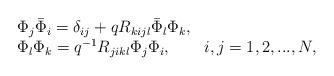
LaTeX: \begin{align*}\begin{array}{l}\Phi_{j}\bar{\Phi}_{i}=\delta_{ij}+qR_{kijl}\bar{\Phi}_{l}\Phi_{k},\\\Phi_{l}\Phi_{k}=q^{-1}R_{jikl}\Phi_{j}\Phi_{i},\qquad i,j=1,2,...,N,\end{array}\end{align*}